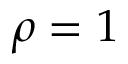
\rho = 1